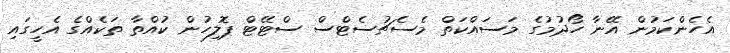
އެހެންކަމުން އޭނާ ހޯދުމުގެ މަސައްކަތް މެސެޗުސެޓްސް ސްޓޭޓް ޕޮލިހުން ކުއްތާ ތަކެއްގެ އެހީގައި